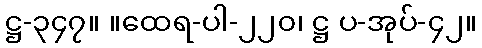
ဋ္ဌ-၃၄၇။ ။ထေရ-ပါ-၂၂၀၊ ဋ္ဌ ပ-အုပ်-၄၂။